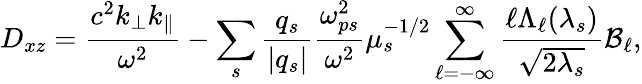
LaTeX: D_{xz}=\frac{c^{2}k_{\perp}k_{\parallel}}{\omega^{2}}-\sum_{s}\frac{q_{s}}{|q_{s}|}\frac{\omega_{ps}^{2}}{\omega^{2}}\mu_{s}^{-1/2}\sum_{\ell=-\infty}^{\infty}\frac{\ell\Lambda_{\ell}(\lambda_{s})}{\sqrt{2\lambda_{s}}}\mathcal{B}_{\ell},